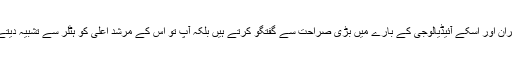
آپ ایران اور اسکے آئیڈیالوجى کے بارے میں بڑى صراحت سے گفتگو کرتے ہیں بلکہ آپ تو اس کے مرشد اعلى کو ہٹلر سے تشبیہ دیتے ہیں۔